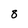
Character: 8